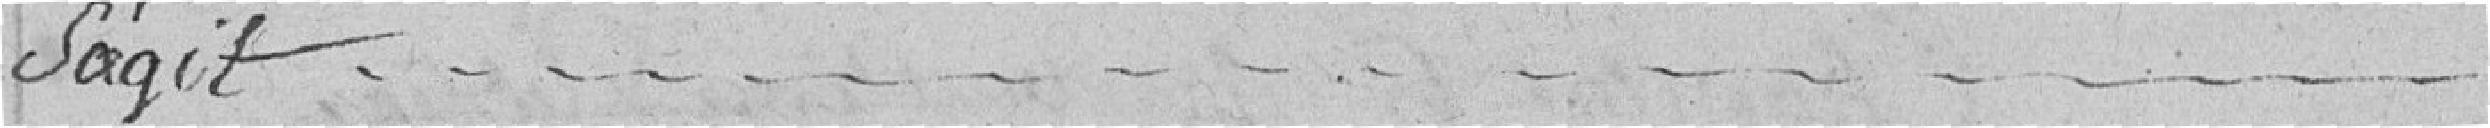
s'agit.........